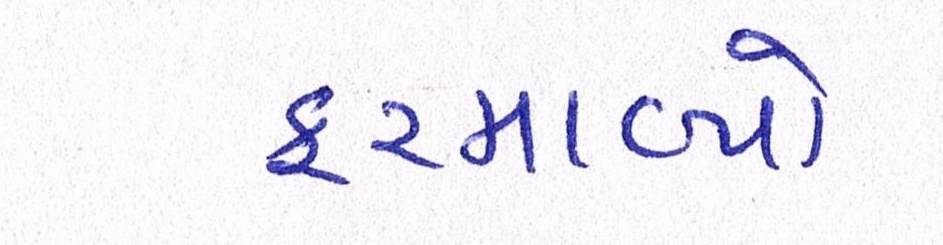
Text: ફરમાવ્યો